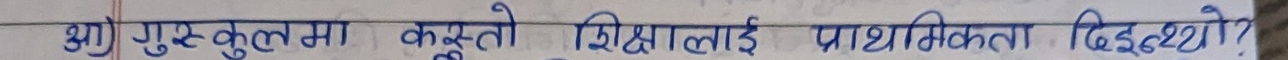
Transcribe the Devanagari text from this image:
आ गुरुकुलमा कस्तो शिक्षालाई प्राथमिकता दिइन्थ्यो?